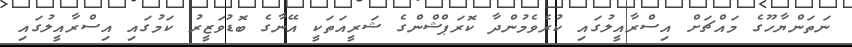
ނަތަންޔާހޫގެ މައްޗަށް އިސްރާއީލުގައި ކުރެވެމުންދާ ކޮރަޕްޝްންގެ ޝަރީއަތަކީ އޭނާގެ ބޮޑުވަޒީރު ކަމުގައި އިސްރާއީލުގައި